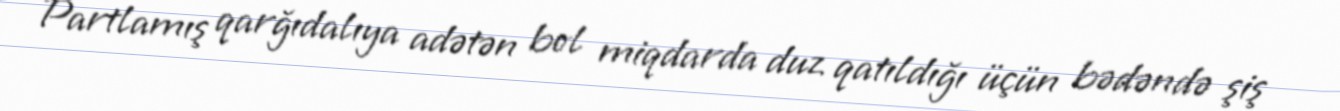
Partlamış qarğıdalıya adətən bol miqdarda duz qatıldığı üçün bədəndə şiş